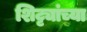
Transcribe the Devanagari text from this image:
शिट्ट्यांच्या